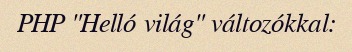
PHP "Helló világ" változókkal: